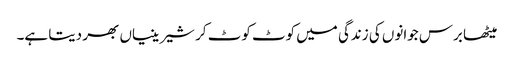
میٹھا برس جوانوں کی زندگی میں کوٹ کوٹ کر شیرینیاں بھر دیتا ہے۔